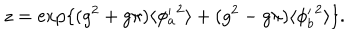
z = \exp \{ ( g ^ { 2 } + g \pi ) \langle { \phi _ { a } ^ { \prime } } ^ { 2 } \rangle + ( g ^ { 2 } - g \pi ) \langle { \phi _ { b } ^ { \prime } } ^ { 2 } \rangle \} .